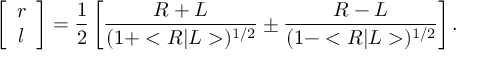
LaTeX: \left[ \begin{array} { c } { { r } } \\ { { l } } \end{array} \right] = \frac { 1 } { 2 } \left[ \frac { R + L } { ( 1 + < R | L > ) ^ { 1 / 2 } } \pm \frac { R - L } { ( 1 - < R | L > ) ^ { 1 / 2 } } \right] .